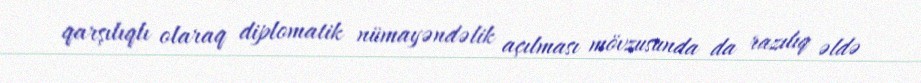
qarşılıqlı olaraq diplomatik nümayəndəlik açılması mövzusunda da razılıq əldə